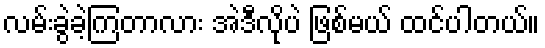
လမ်းခွဲခဲ့ကြတာလား အဲဒီလိုပဲ ဖြစ်မယ် ထင်ပါတယ်။